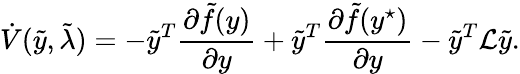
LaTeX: \dot{V}(\tilde{y},\tilde{\lambda})=-\tilde{y}^{T}\frac{\partial\tilde{f}(y)}{\partial y}+\tilde{y}^{T}\frac{\partial\tilde{f}(y^{\star})}{\partial y}-\tilde{y}^{T}\mathcal{L}\tilde{y}.